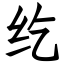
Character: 纥